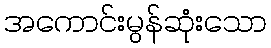
အကောင်းမွန်ဆုံးသော